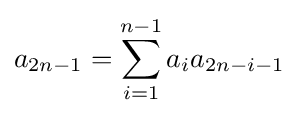
a_{2n-1}=\sum _{i=1}^{n-1}a_{i}a_{2n-i-1}